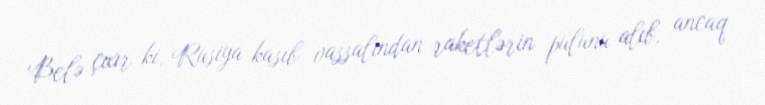
Belə çıxır ki, Rusiya kasıb vassalından raketlərin pulunu alıb, ancaq